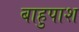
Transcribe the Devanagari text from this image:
बाहुपाश